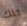
تلك